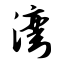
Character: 湾